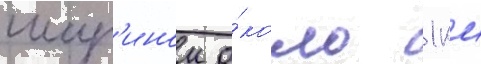
шир'инои о́коло 1 км